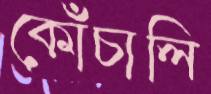
কোঁচালি